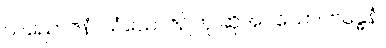
သညောဇနံ၊ သံယောဇဉ်ဟု ဆိုအပ်သော။ ဗန္ဓေနံ၊